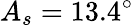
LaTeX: A_{s}=13.4^{\circ}